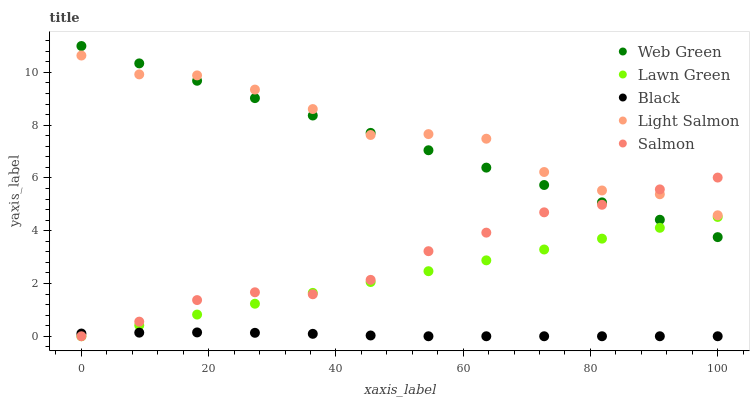
| xaxis_label | Web Green | Lawn Green | Black | Light Salmon | Salmon |
 | --- | --- | --- | --- | --- | --- |
 | 0 | 11 | 0 | 0.103 | 10.6 | 0 |
 | 9.09 | 10.3 | 0.411 | 0.136 | 9.92 | 0.554 |
 | 18.2 | 9.68 | 0.822 | 0.145 | 9.89 | 1.37 |
 | 27.3 | 9.02 | 1.23 | 0.13 | 9.35 | 1.67 |
 | 36.4 | 8.37 | 1.64 | 0.0918 | 8.61 | 1.59 |
 | 45.5 | 7.71 | 2.06 | 0.0294 | 7.63 | 2.14 |
 | 54.5 | 7.05 | 2.47 | 0 | 7.66 | 3.22 |
 | 63.6 | 6.39 | 2.88 | 0 | 7.49 | 3.93 |
 | 72.7 | 5.73 | 3.29 | 0 | 6.23 | 4.7 |
 | 81.8 | 5.07 | 3.7 | 0 | 5.52 | 4.98 |
 | 90.9 | 4.42 | 4.11 | 0 | 5.38 | 5.57 |
 | 100 | 3.76 | 4.52 | 0 | 4.58 | 6.01 |